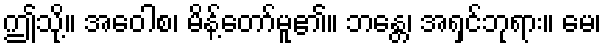
ဤသို့။ အဝေါစ၊ မိန့်တော်မူ၏။ ဘန္တေ၊ အရှင်ဘုရား။ မေ၊